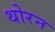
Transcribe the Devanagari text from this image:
थोरन